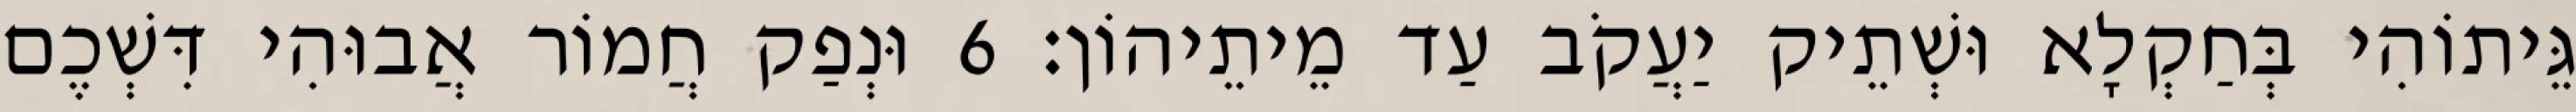
גֵּיתוֹהִי בְּחַקְלָא וּשְׁתֵיק יַעֲקֹב עַד מֵיתֵיהוֹן׃ 6 וּנְפַק חֲמוֹר אֲבוּהִי דִּשְׁכֶם